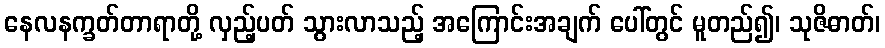
နေလနက္ခတ်တာရာတို့ လှည့်ပတ် သွားလာသည့် အကြောင်းအချက် ပေါ်တွင် မူတည်၍၊ သုဇိဓာတ်၊